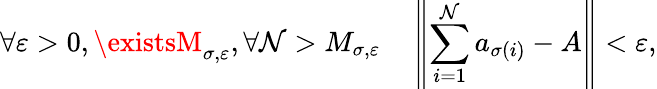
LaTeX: \forall\varepsilon>0,\existsM_{\sigma,\varepsilon},\forall\mathcal{N}>M_{\sigma,\varepsilon}\quad\left\| \sum_{i=1}^{\mathcal{N}}a_{\sigma(i)}-A\right\| <\varepsilon,